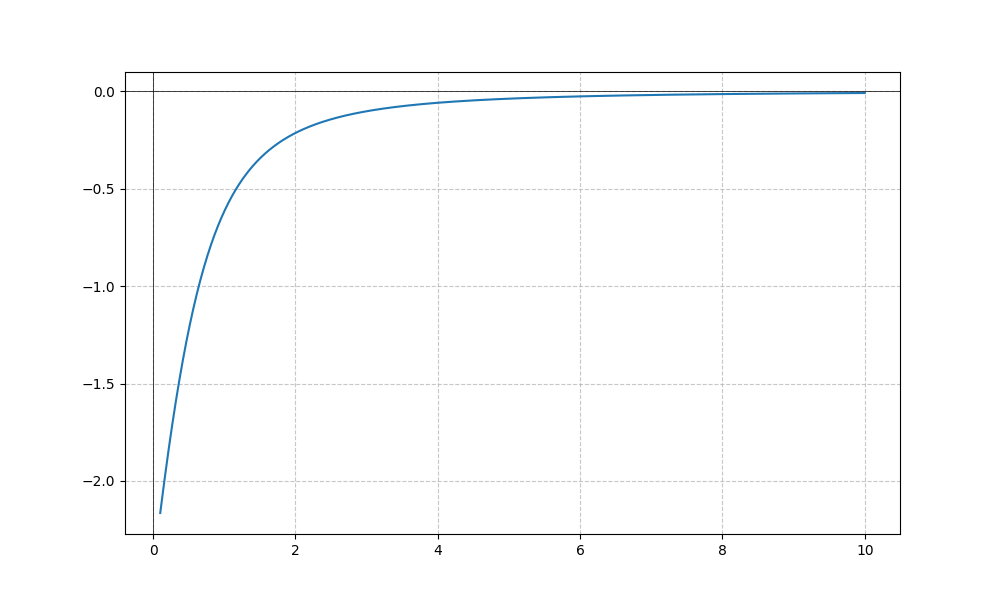
LaTeX formula: - \operatorname{acot}^{2}{\left(x \right)}